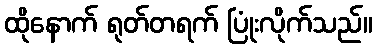
ထိုနောက် ရုတ်တရက် ပြုံးလိုက်သည်။